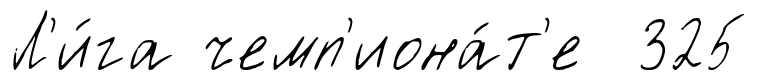
Л'и́га чемп'иона́т'е 325